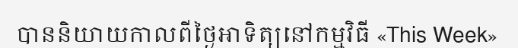
បាននិយាយកាលពីថ្ងៃអាទិត្យនៅកម្មវិធី «This Week»